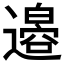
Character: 𫟪